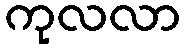
ကုလလာ